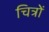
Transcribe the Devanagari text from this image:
चित्रोें